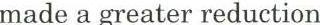
made a greater reduction